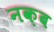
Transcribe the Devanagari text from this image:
नक़ब